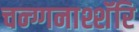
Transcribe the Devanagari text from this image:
चन्ग्गनाश्शॅरि